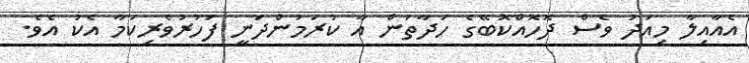
އެއާއިލާ މިއަދު ވެސް ދޮހޮއްކޮބޭގެ ހަދާތަން އާ ކުރަމުންދަނީ ފަހުރުވެރިކަމާ އެކު އެވެ.